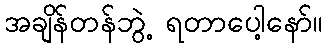
အချိန်တန်ဘွဲ့ ရတာပေါ့နော်။